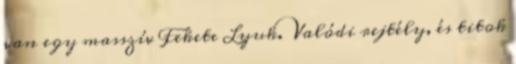
van egy masszív Fekete Lyuk. Valódi rejtély, és titok